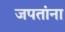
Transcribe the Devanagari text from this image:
जपतांना